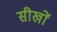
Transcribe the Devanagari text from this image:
सीखों